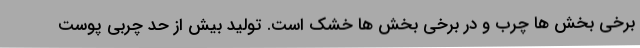
برخی بخش ها چرب و در برخی بخش ها خشک است. تولید بیش از حد چربی پوست